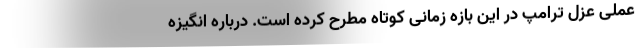
عملی عزل ترامپ در این بازه زمانی کوتاه مطرح کرده است. درباره انگیزه